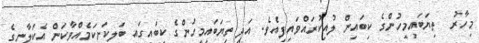
މިހާރު  ތިޔަބައިމީހުންގެ ކިބައިން ލުއިކުރައްވައިފިއެވެ. އަދި ތިޔަބައިމީހުންގެ ކިބައިގައި ބަލިކަށިކަމެއްވާކަން އެކަލާނގެ